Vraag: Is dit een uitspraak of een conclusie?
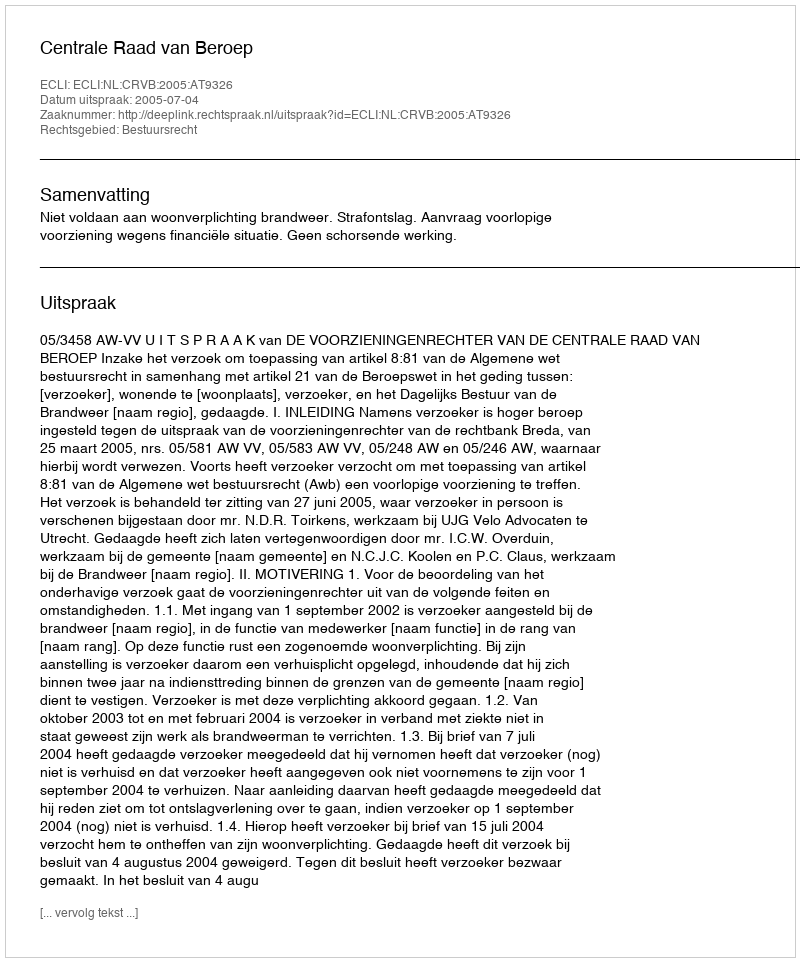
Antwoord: Uitspraak